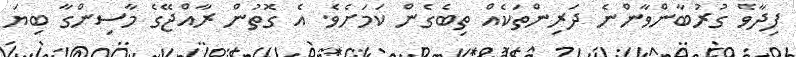
ފިދާވެ ގުރުބާންވާންނެ ދަރިންތަކެއް ތިބެގެން ކަމަށެވެ. އެ ގޮތުން ރާއްޖޭގެ މާސިންގާ ބިޔަ